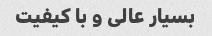
بسیار عالی و با کیفیت